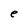
Character: e